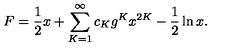
F = \frac { 1 } { 2 } x + \sum _ { K = 1 } ^ { \infty } c _ { K } g ^ { K } x ^ { 2 K } - \frac { 1 } { 2 } \ln x .